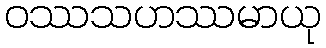
ဝဿသဟဿမာယု